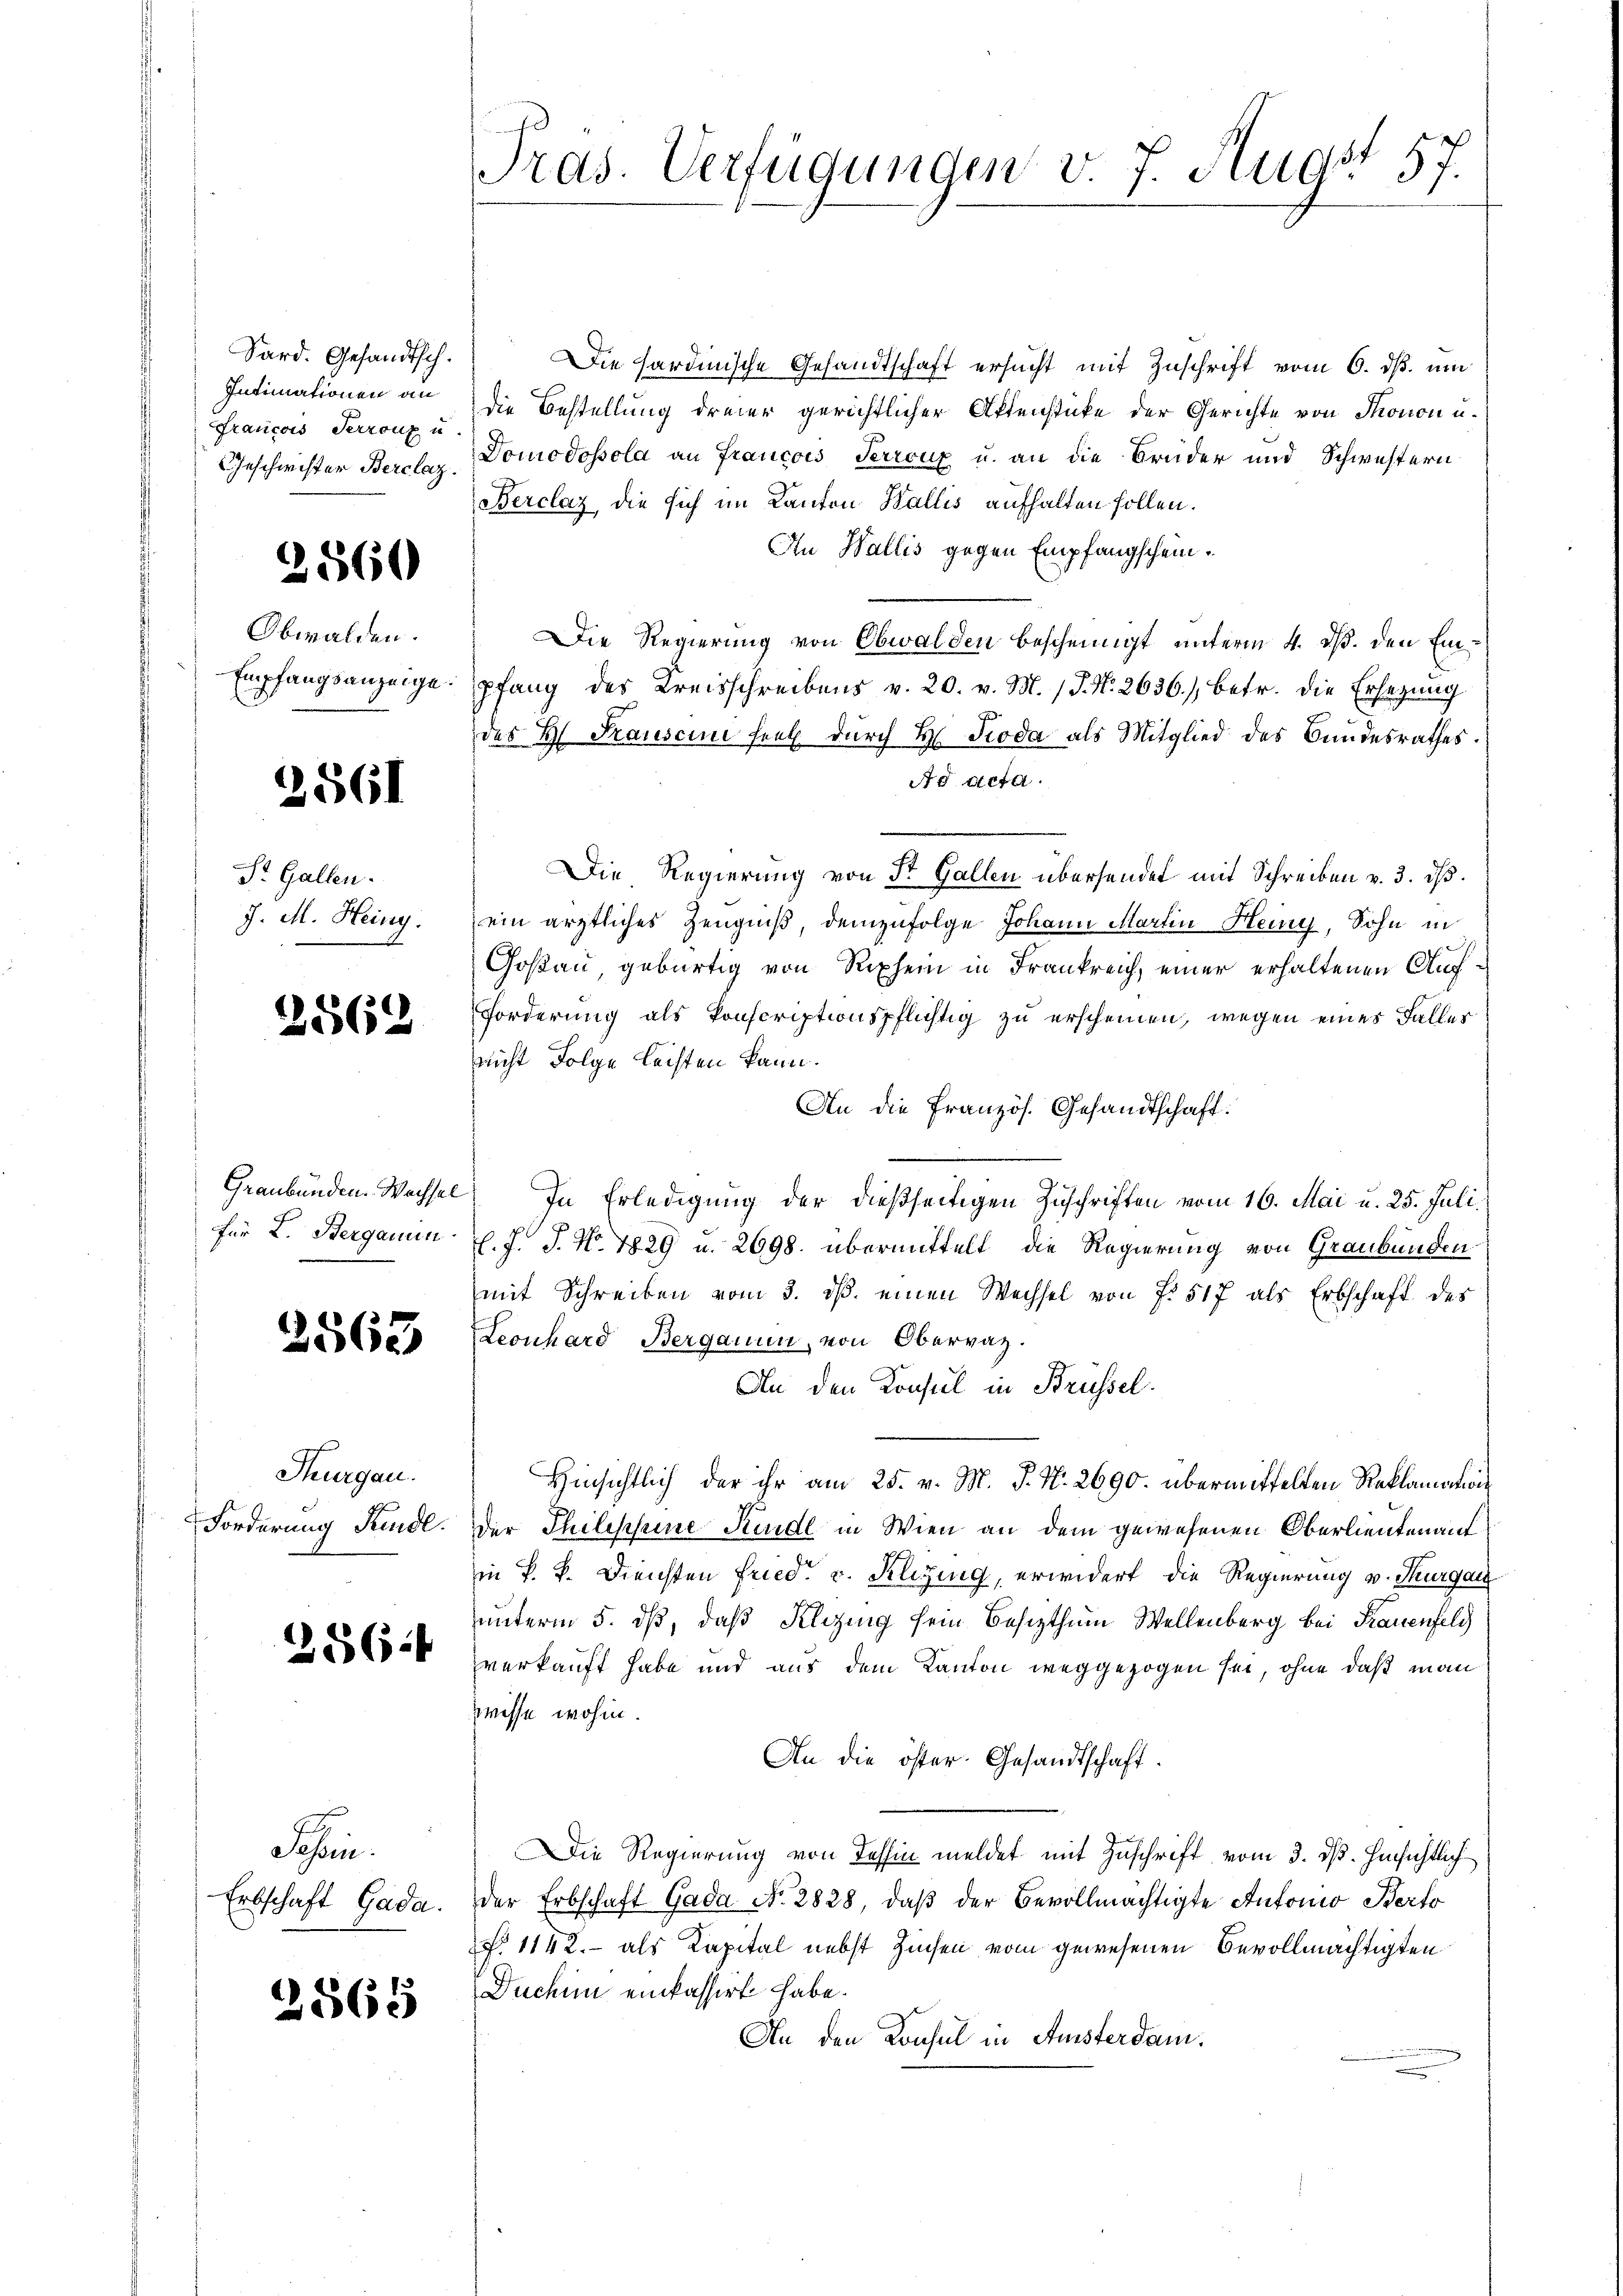
Sard. Gesandtsch.
Intimationen an
francois Terrouz u

2560

Obwalden.

2561

Dr. Gallen.
J. M. Heiny.

2862

2563

Thurgau.

256

Sachen.

2565

Die hardinische Gesandtschaft ersucht mit Zuschrift vom 6. ds. um
die Bestellung dreier gerichtlicher Aktenstücke der Gerichte von Thonon u.
Geschwister Berclaz Domodossola an Francois Terrouz u. an die Brüder und Schwestern
Berclaz die sich im Kanton Wallis aufhalten sollen.
An Wallis gegen Empfangschein.
Die Regierung von Obwalden bescheinigt unterm 4. ds. den Ein¬
Empfangsanzeige. pfang des Kreisschreibens v. 20. v. M. J. N. 2636./, betr. die Ersezung
des H. Frauseine fiel durch H. Troda als Mitglied des Bundesrathes.
Ad acta.
Die Regierŭng von St. Gallen übersendet mit Schreiben v. 3. ds.
ein ärztliches Zeugniß, demzufolge Johann Martin Heiny, Sohn in
Goßau, gebürtig von Rhein in Frankreich, einer erhaltenen Auf¬
Forderung als konscriptionspflichtig zu erscheinen, wegen eines Falles
nicht Folge leisten kann.
An die französ. Gesandtschaft:
Graubünden Wechsel. In Erledigung der dießseitigen Zuschriften vom 16. Mai u. 25. Juli.
für L. Sterganin v. J. J. N. 1829 u. 2698. übermittelt die Regierung von Graubünden
mit Schreiben vom 3. ds. einen Wechsel von f. 517 als Erbschaft des
Leonhard Berganen, von Obervaz.
An den Konsul in Brüssel.
Hinsichtlich, der ihr am 25. v. M. J. N. 2690. übermittelten Reklamation
Forderung Kindl. Der Philippine Kindl in Wien an dem gewesenen Oberlieutenauf
in P. V. Diensten Fried. v. Klezing, erwidert die Regierung v. Thurgau
unterm 5. dß, daß Klezing sein Besizthum Wellenberg bei Frauenfeld
verkauft habe und aus dem Kanton weggezogen sei, ohne daß man
wisse wohin.
An die öster Gesandtschaft.
Die Regierung von Tessin meldet mit Zuschrift vom 3. ds. Hinsichtlich
Erbschaft Gada. Der Erbschaft Gada No. 2828, daβ der Bevollmächtigte Antonio Berto
§ 1142. - als Kapital nebst Zinsen vom gewesenen Bevollmächtigten
Duchin einkassirt habe.
An den Konsul in Amsterdam.

Pras. Verfügungen v. J. Augst 57.